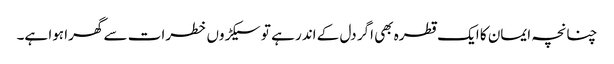
چنانچہ ایمان کا ایک قطرہ بھی اگر دل کے اندر ہے تو سیکڑوں خطرات سے گھرا ہوا ہے۔